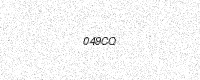
Text: 049CQ